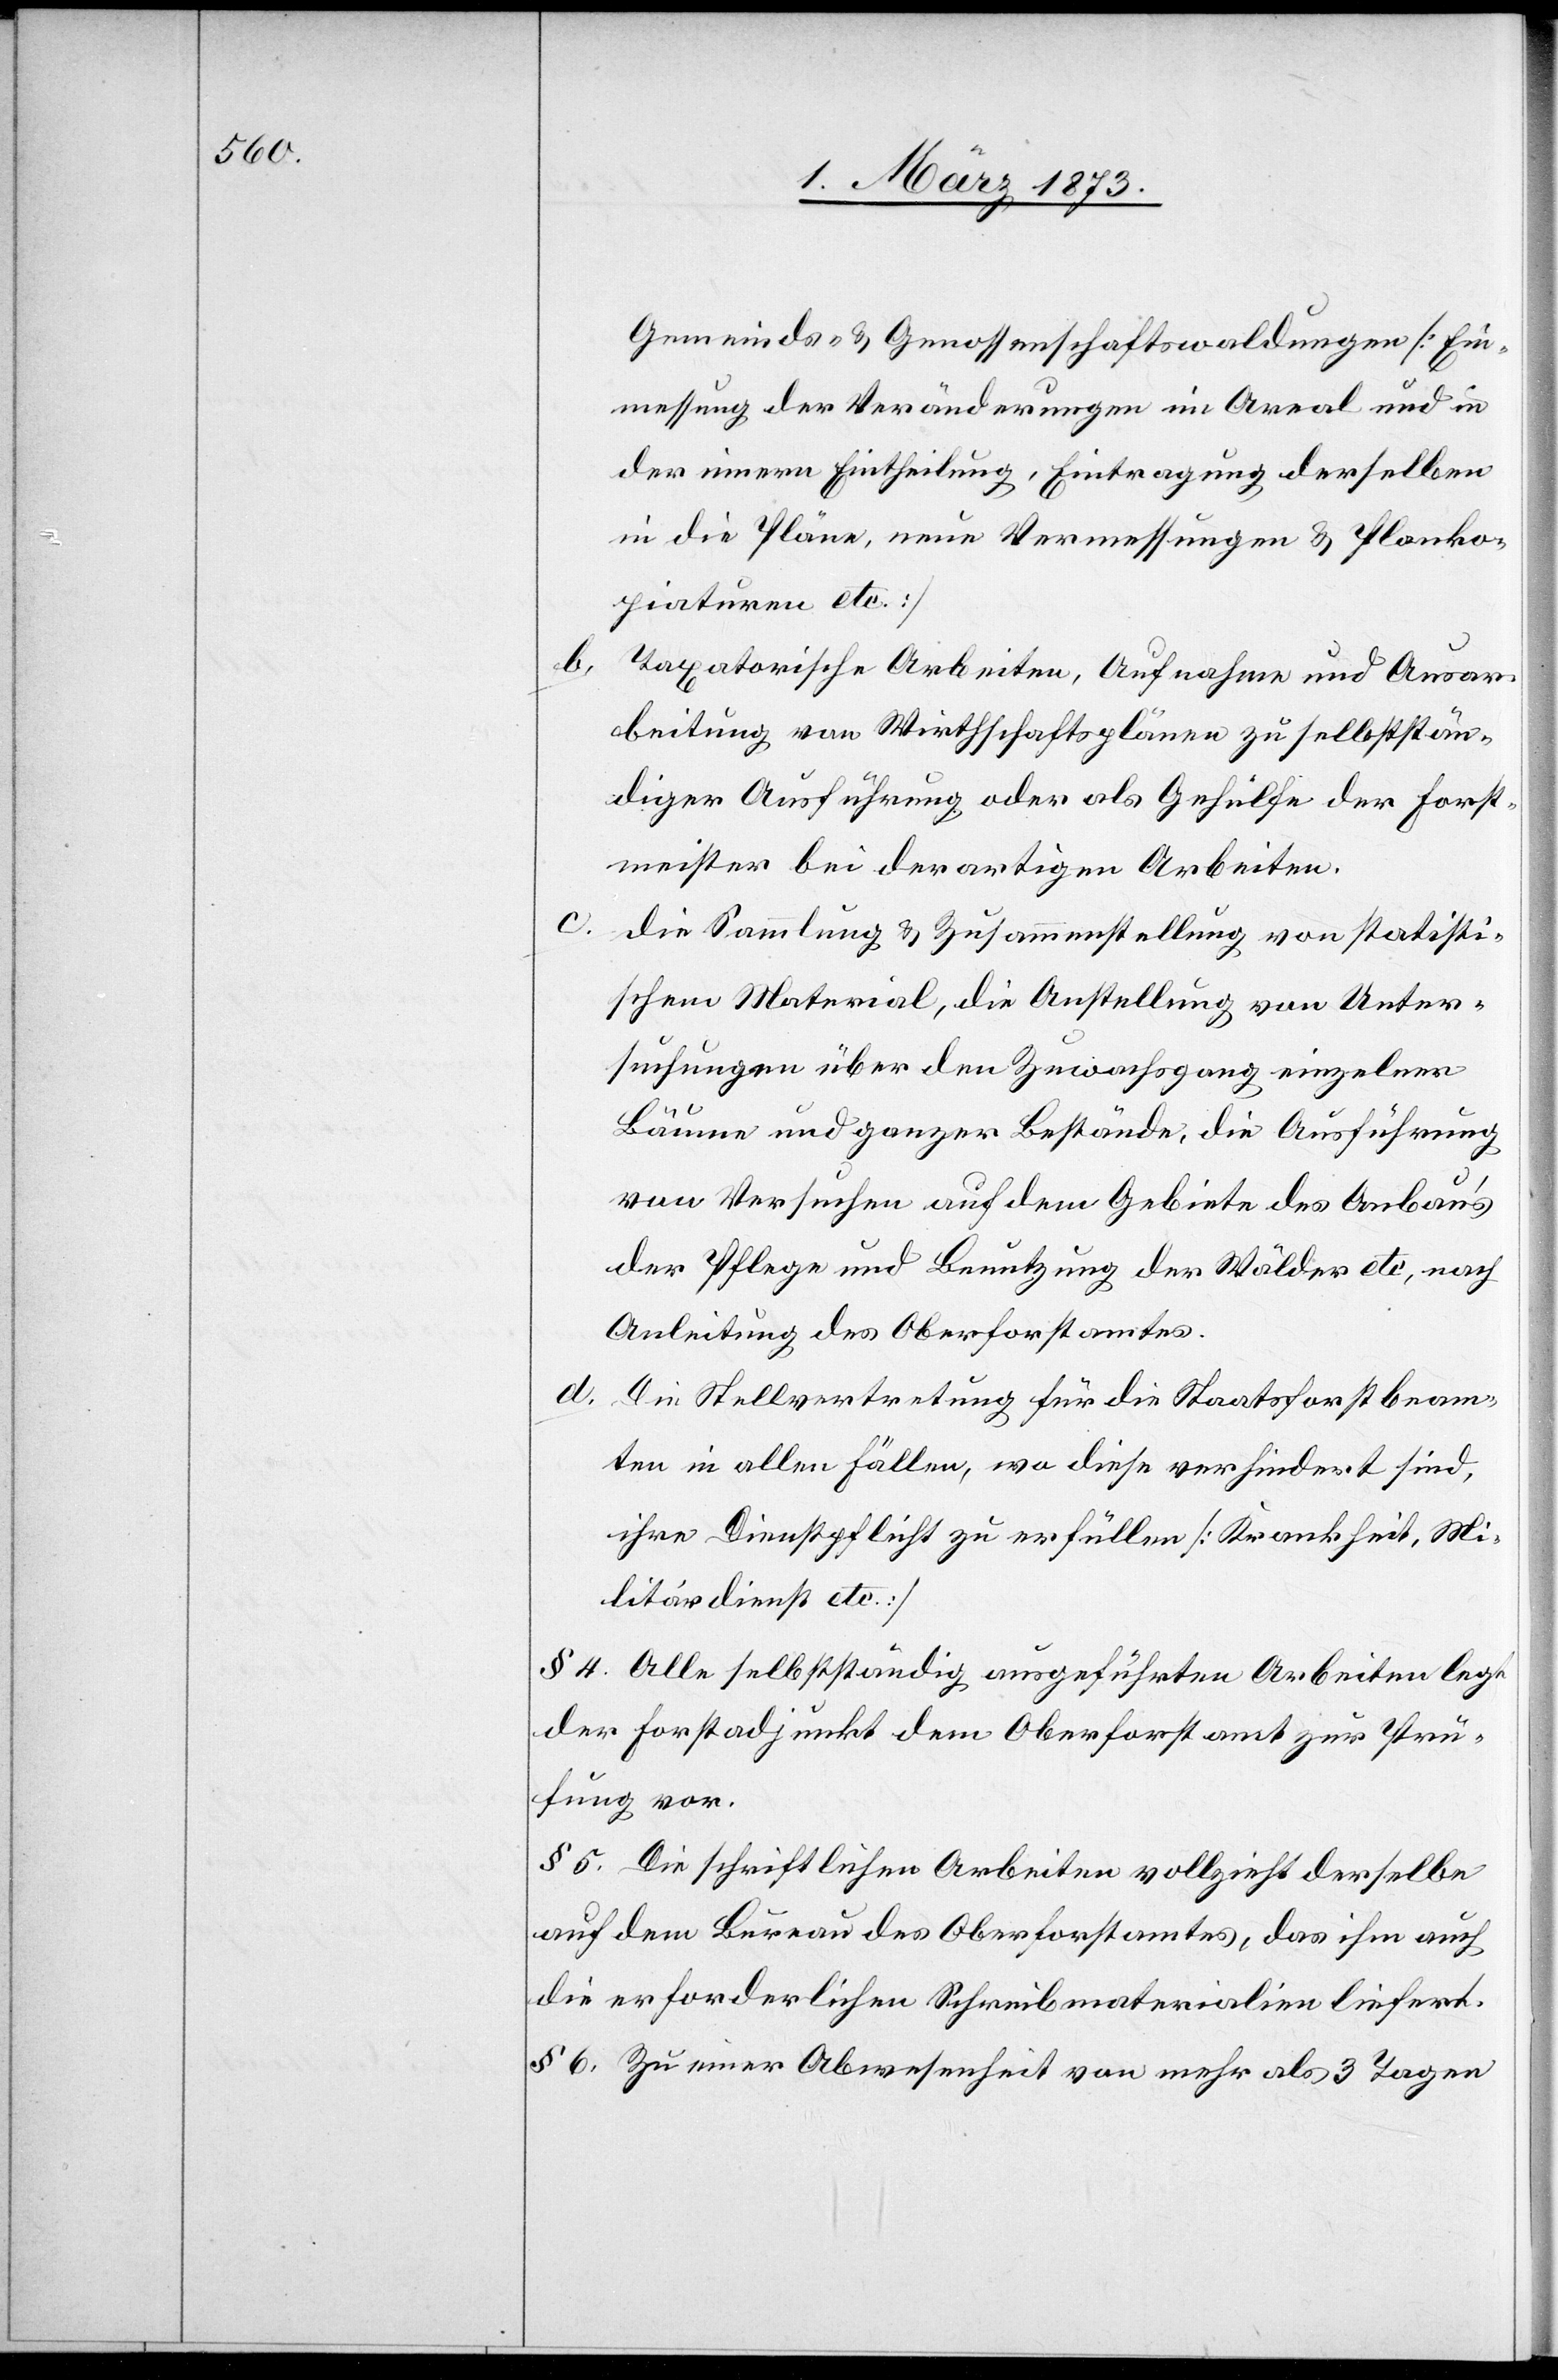
b.

Gemeinds- u. Genossenschaftswaldungen [Ein¬
messung der Veränderungen im Areal und in
der innern Eintheilung, Eintragung derselben
in die Pläne, neue Vermessungen u. Planko¬
piaturen etc.]
Taxatorische Arbeiten, Aufnahme und Ausar¬
beitung von Wirthschaftsplänen zu selbststän¬
diger Ausführung oder als Gehülfe der Forst¬
meister bei derartigen Arbeiten.
die Sammlung u. Zusammenstellung von statisti¬
schem Material, die Anstellung von Unter¬
suchungen über den Zuwachsgang einzelner
Bäume und ganzer Bestände, die Ausführung
von Versuchen auf dem Gebiete des Anbau’s[,]
der Pflege und Benutzung der Wälder etc., nach
Anleitung des Oberforstamtes.
d. Die Stellvertretung für die Staatsforstbeam¬
ten in allen Fällen, wo diese verhindert sind,
ihre Dienstpflicht zu erfüllen [Krankheit, Mi¬
litärdienst etc.]
§ 4. Alle selbstständig ausgeführten Arbeiten legt
der Forstadjunkt dem Oberforstamt zur Prü¬
fung vor.
§ 5. Die schriftlichen Arbeiten vollzieht derselbe
auf dem Bureau des Oberforstamtes, das im auch
die erforderlichen Schreibmaterialien liefert.
§ 6. Zu einer Abwesenheit von mehr als 3 Tagen